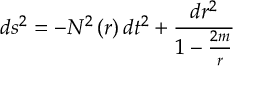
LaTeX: d s ^ { 2 } = - N ^ { 2 } \left( r \right) d t ^ { 2 } + \frac { d r ^ { 2 } } { 1 - \frac { 2 m } { r } }